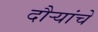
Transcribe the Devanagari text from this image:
दौर्‍यांचे